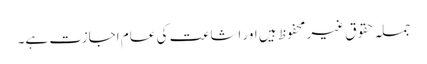
جملہ حقوق غیر محفوظ ہیں اور اشاعت کی عام اجازت ہے۔